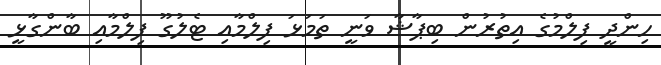
ހިންދީ ފިލްމުގެ އިތުރުން ބިޕާޝާ ވަނީ ތަމަޅަ ފިލްމާއި ޓެލުގޫ ފިލްމާއި ބާންގާޅީ